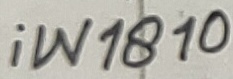
Text: iW1810